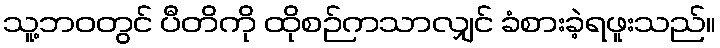
သူ့ဘဝတွင် ပီတိကို ထိုစဉ်ကသာလျှင် ခံစားခဲ့ရဖူးသည်။